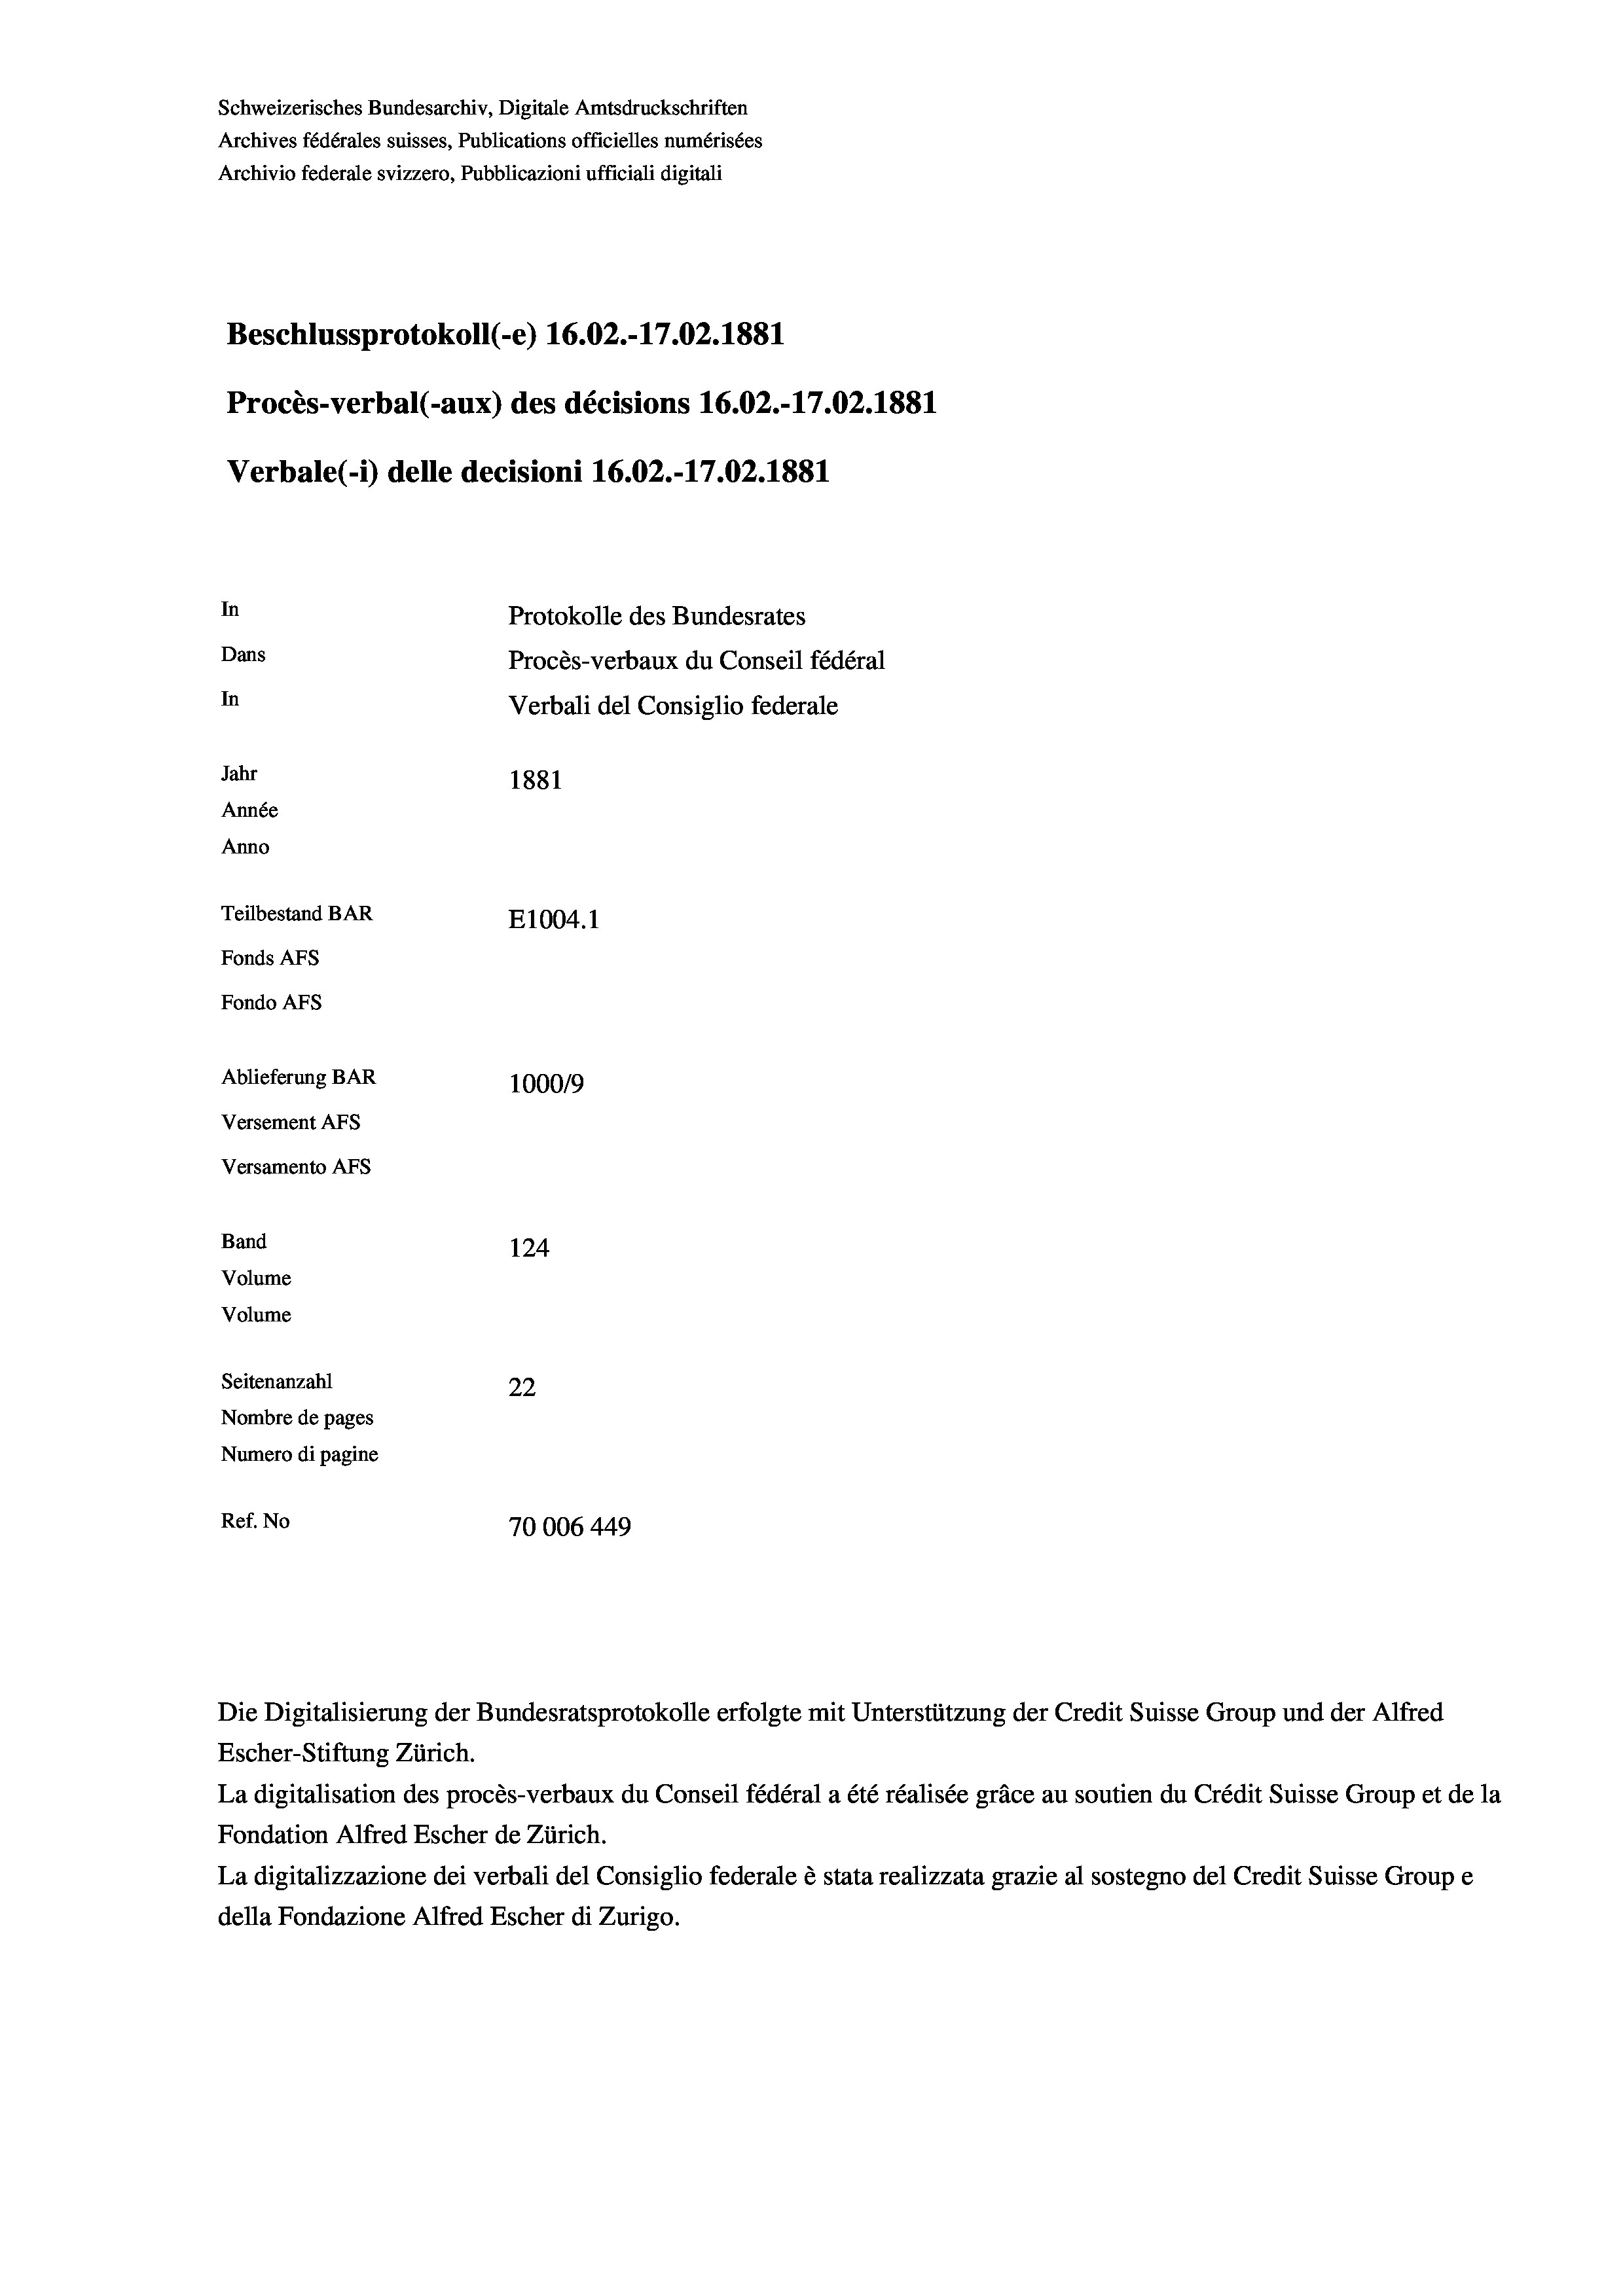
Schweizerisches Bundesarchiv, Digitale Amtsdruckschriften
Archives fédérales suisses, Publications officielles numérisées
Archivio federale svizzero, Pubblicazioni ufficiali digitali
Beschlussprotokoll (-e) 16.02.-17.02.1881
Procès-verbal (-aux) des décisions 16.02.-17.02. 1881
Verbale (- 1) delle decisioni 16.02.-17.02. 1881
In
Protokolle des Bundesrates
Dans
Procès-verbaux du Conseil fédéral
In
Verbali del Consiglio federale
Jahr
1881
Année
Anno
Teilbestand BAR
E1004. 1
Fonds AFs
Fondo Afs
Ablieferung BAR
100019
Versement AFs
Versamento Afs
Band
124
Volume
Volume
Seitenanzahl
22
Nombre de pages
Numero di pagine
Ref. No
70006 449

Die Digitalisierung der Bundesratsprotokolle erfolgte mit Unterstützung der Credit Suisse Group und der Alfred

Escher-Stiftung Zürich.
La digitalisation des procès-verbaux du Conseil fédéral a été réalisée gräce au soutien du Crédit Suisse Group et de la
Fondation Alfred Escher de Zürich.
La digitalizzazione dei verbali del Consiglio federale è stata realizzata grazie al sostegno del Credit Suisse Groupe
della Fondazione Alfred Escher di Zurigo.